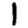
Digit: 1